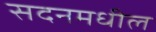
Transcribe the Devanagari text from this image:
सदनमधील